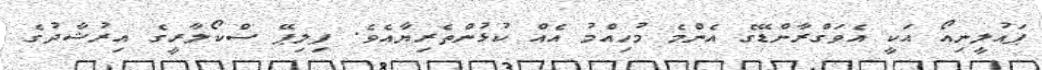
ޕައުލީނިއޯ އަކީ އެވަގްރާންޑޭގެ އެންމެ މުހިއްމު އެއް ކުޅުންތެރިޔާއެވެ. ފިލިޕޭ ސްކޯލާރީގެ އިރުޝާދުގެ